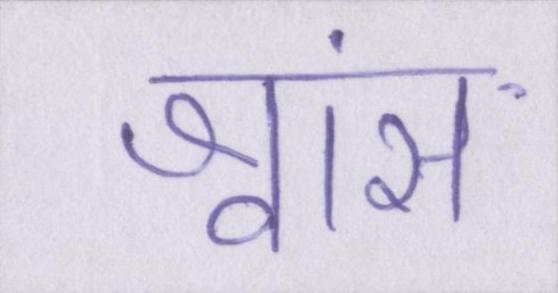
श्वांस